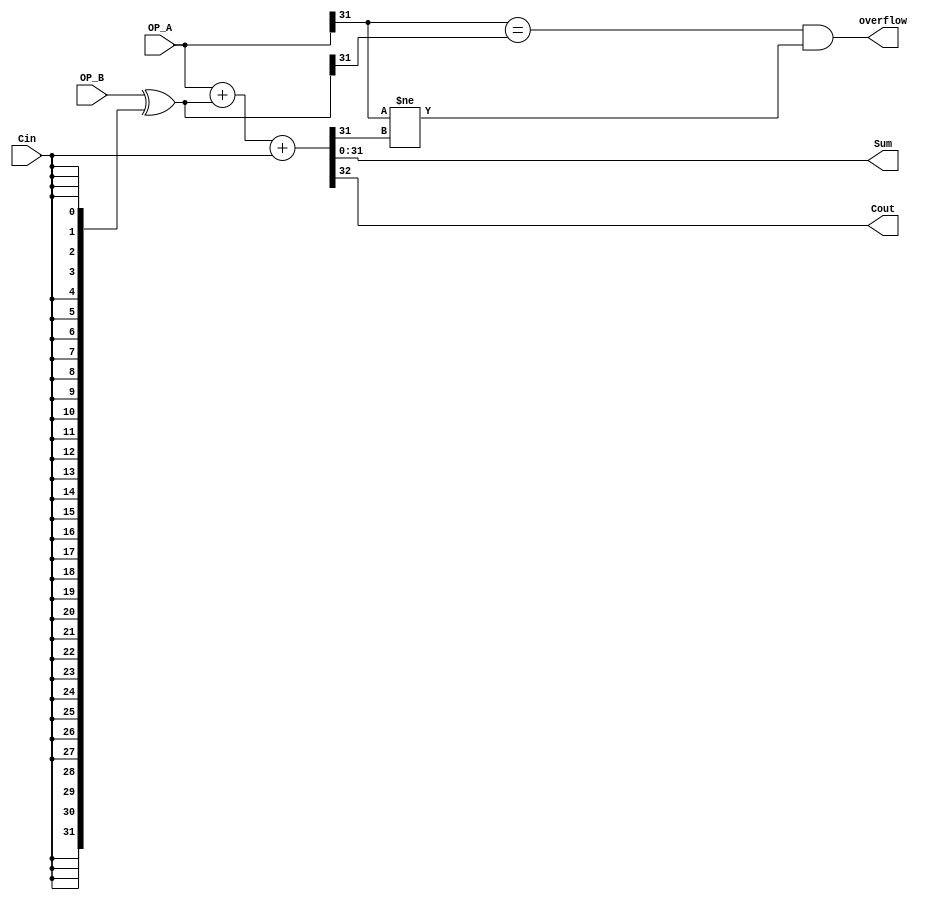
// This program was cloned from: https://github.com/Liu-Bingxu/ysyx-for-LiuBingxu
// License: GNU General Public License v3.0

// the adder with Cin, Cout and overflow
// Copyright (C) 2024  LiuBingxu

// This program is free software: you can redistribute it and/or modify
// it under the terms of the GNU General Public License as published by
// the Free Software Foundation, either version 3 of the License, or
// (at your option) any later version.

// This program is distributed in the hope that it will be useful,
// but WITHOUT ANY WARRANTY; without even the implied warranty of
// MERCHANTABILITY or FITNESS FOR A PARTICULAR PURPOSE.  See the
// GNU General Public License for more details.

// You should have received a copy of the GNU General Public License
// along with this program.  If not, see <https://www.gnu.org/licenses/>.

// Please contact me through the following email: <qwe15889844242@163.com>

module add_with_Cout #(parameter DATA_LEN=32)(
    input  [DATA_LEN-1:0]   OP_A,
    input  [DATA_LEN-1:0]   OP_B,
    input                   Cin,
    output [DATA_LEN-1:0]   Sum,
    output                  overflow,
    output                  Cout
);

wire [DATA_LEN-1:0] a,b;

assign a = OP_A;
assign b = OP_B ^ {DATA_LEN{Cin}};

assign {Cout,Sum} = a + b +{{(DATA_LEN-1){1'b0}},Cin};

assign overflow = ((a[DATA_LEN-1]==b[DATA_LEN-1])&(a[DATA_LEN-1]!=Sum[DATA_LEN-1]));

endmodule //adadd_with_Cin